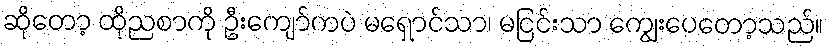
ဆိုတော့ ထိုညစာကို ဦးကျော်ကပဲ မရှောင်သာ၊ မငြင်းသာ ကျွေးပေတော့သည်။